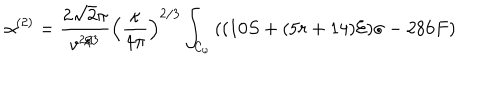
LaTeX: \alpha ^ { ( 2 ) } = \frac { 2 \sqrt { 2 } \pi } { v ^ { 2 / 3 } } \left( \frac { \kappa } { 4 \pi } \right) ^ { 2 / 3 } \int _ { { \cal { C } } _ { \omega } } { ( ( 1 0 S + ( 5 r + 1 4 ) { \cal { E } } ) \sigma - 2 8 6 F ) }